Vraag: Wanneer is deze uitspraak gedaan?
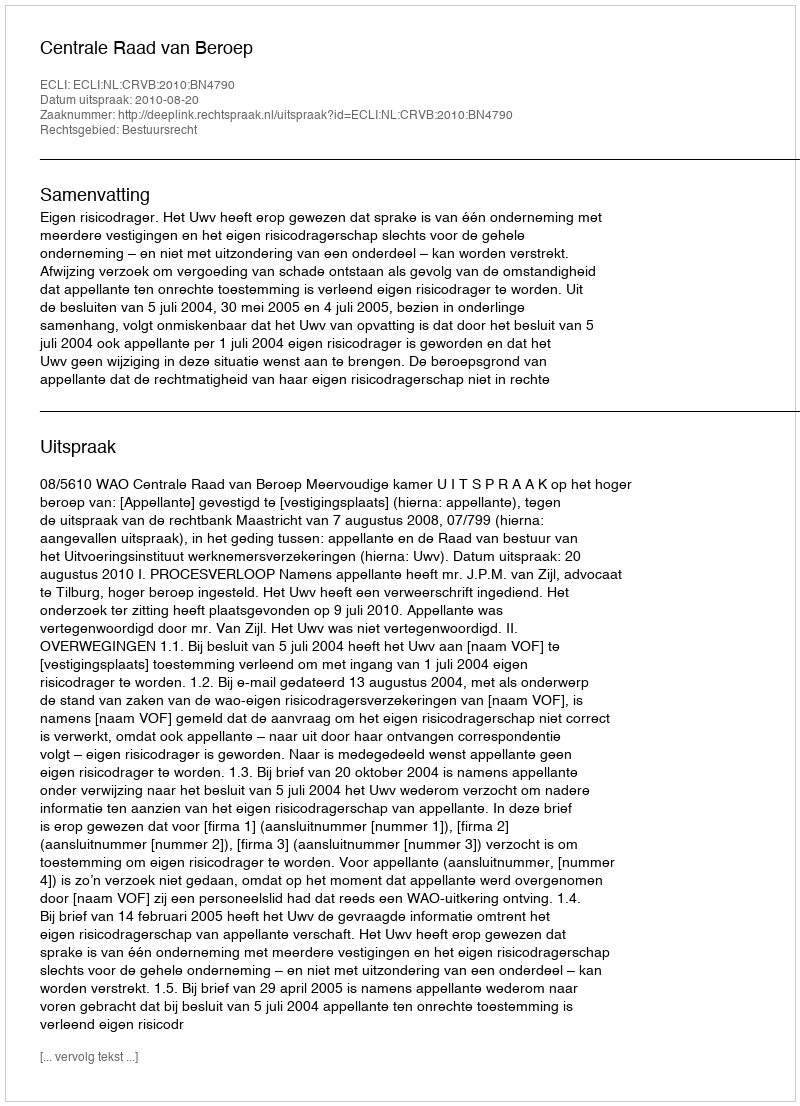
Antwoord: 2010-08-20